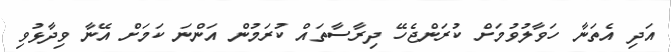
އަދި އެތަނާ ހަވާލުވުމަށް ކުރަންޖެހޭ ދިރާސާތައް ކުރަމުން އަންނަ ކަމަށް އޭނާ ވިދާޅުވި